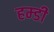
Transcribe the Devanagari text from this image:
हम्डी